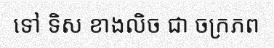
ទៅ ទិស ខាងលិច ជា ចក្រភព